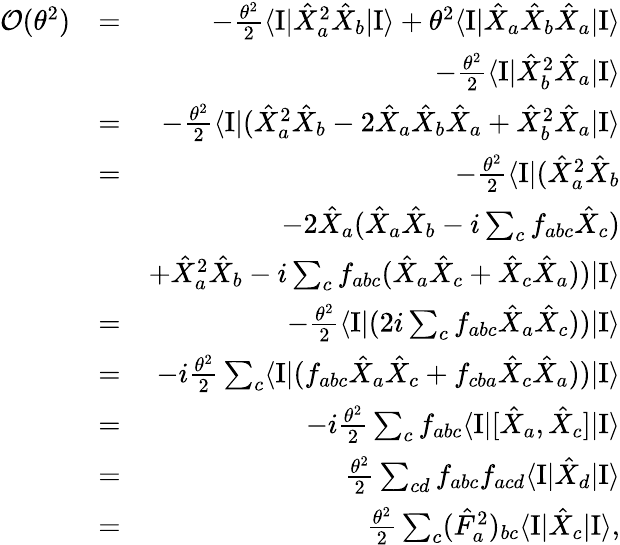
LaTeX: \begin{array}{rlr}{{\mathcal O}(\theta^{2})}&{=}&{-\frac{\theta^{2}}{2}\langle\mathrm{I}|\hat{X}_{a}^{2}\hat{X}_{b}|\mathrm{I}\rangle+\theta^{2}\langle\mathrm{I}|\hat{X}_{a}\hat{X}_{b}\hat{X}_{a}|\mathrm{I}\rangle}\\ &{}&{-\frac{\theta^{2}}{2}\langle\mathrm{I}|\hat{X}_{b}^{2}\hat{X}_{a}|\mathrm{I}\rangle}\\ &{=}&{-\frac{\theta^{2}}{2}\langle\mathrm{I}|(\hat{X}_{a}^{2}\hat{X}_{b}-2\hat{X}_{a}\hat{X}_{b}\hat{X}_{a}+\hat{X}_{b}^{2}\hat{X}_{a}|\mathrm{I}\rangle}\\ &{=}&{-\frac{\theta^{2}}{2}\langle\mathrm{I}|(\hat{X}_{a}^{2}\hat{X}_{b}}\\ &{}&{-2\hat{X}_{a}(\hat{X}_{a}\hat{X}_{b}-i\sum_{c}f_{abc}\hat{X}_{c})}\\ &{}&{+\hat{X}_{a}^{2}\hat{X}_{b}-i\sum_{c}f_{abc}(\hat{X}_{a}\hat{X}_{c}+\hat{X}_{c}\hat{X}_{a}))|\mathrm{I}\rangle}\\ &{=}&{-\frac{\theta^{2}}{2}\langle\mathrm{I}|(2i\sum_{c}f_{abc}\hat{X}_{a}\hat{X}_{c}))|\mathrm{I}\rangle}\\ &{=}&{-i\frac{\theta^{2}}{2}\sum_{c}\langle\mathrm{I}|(f_{abc}\hat{X}_{a}\hat{X}_{c}+f_{cba}\hat{X}_{c}\hat{X}_{a}))|\mathrm{I}\rangle}\\ &{=}&{-i\frac{\theta^{2}}{2}\sum_{c}f_{abc}\langle\mathrm{I}|[\hat{X}_{a},\hat{X}_{c}]|\mathrm{I}\rangle}\\ &{=}&{\frac{\theta^{2}}{2}\sum_{cd}f_{abc}f_{acd}\langle\mathrm{I}|\hat{X}_{d}|\mathrm{I}\rangle}\\ &{=}&{\frac{\theta^{2}}{2}\sum_{c}(\hat{F}_{a}^{2})_{bc}\langle\mathrm{I}|\hat{X}_{c}|\mathrm{I}\rangle,}\end{array}